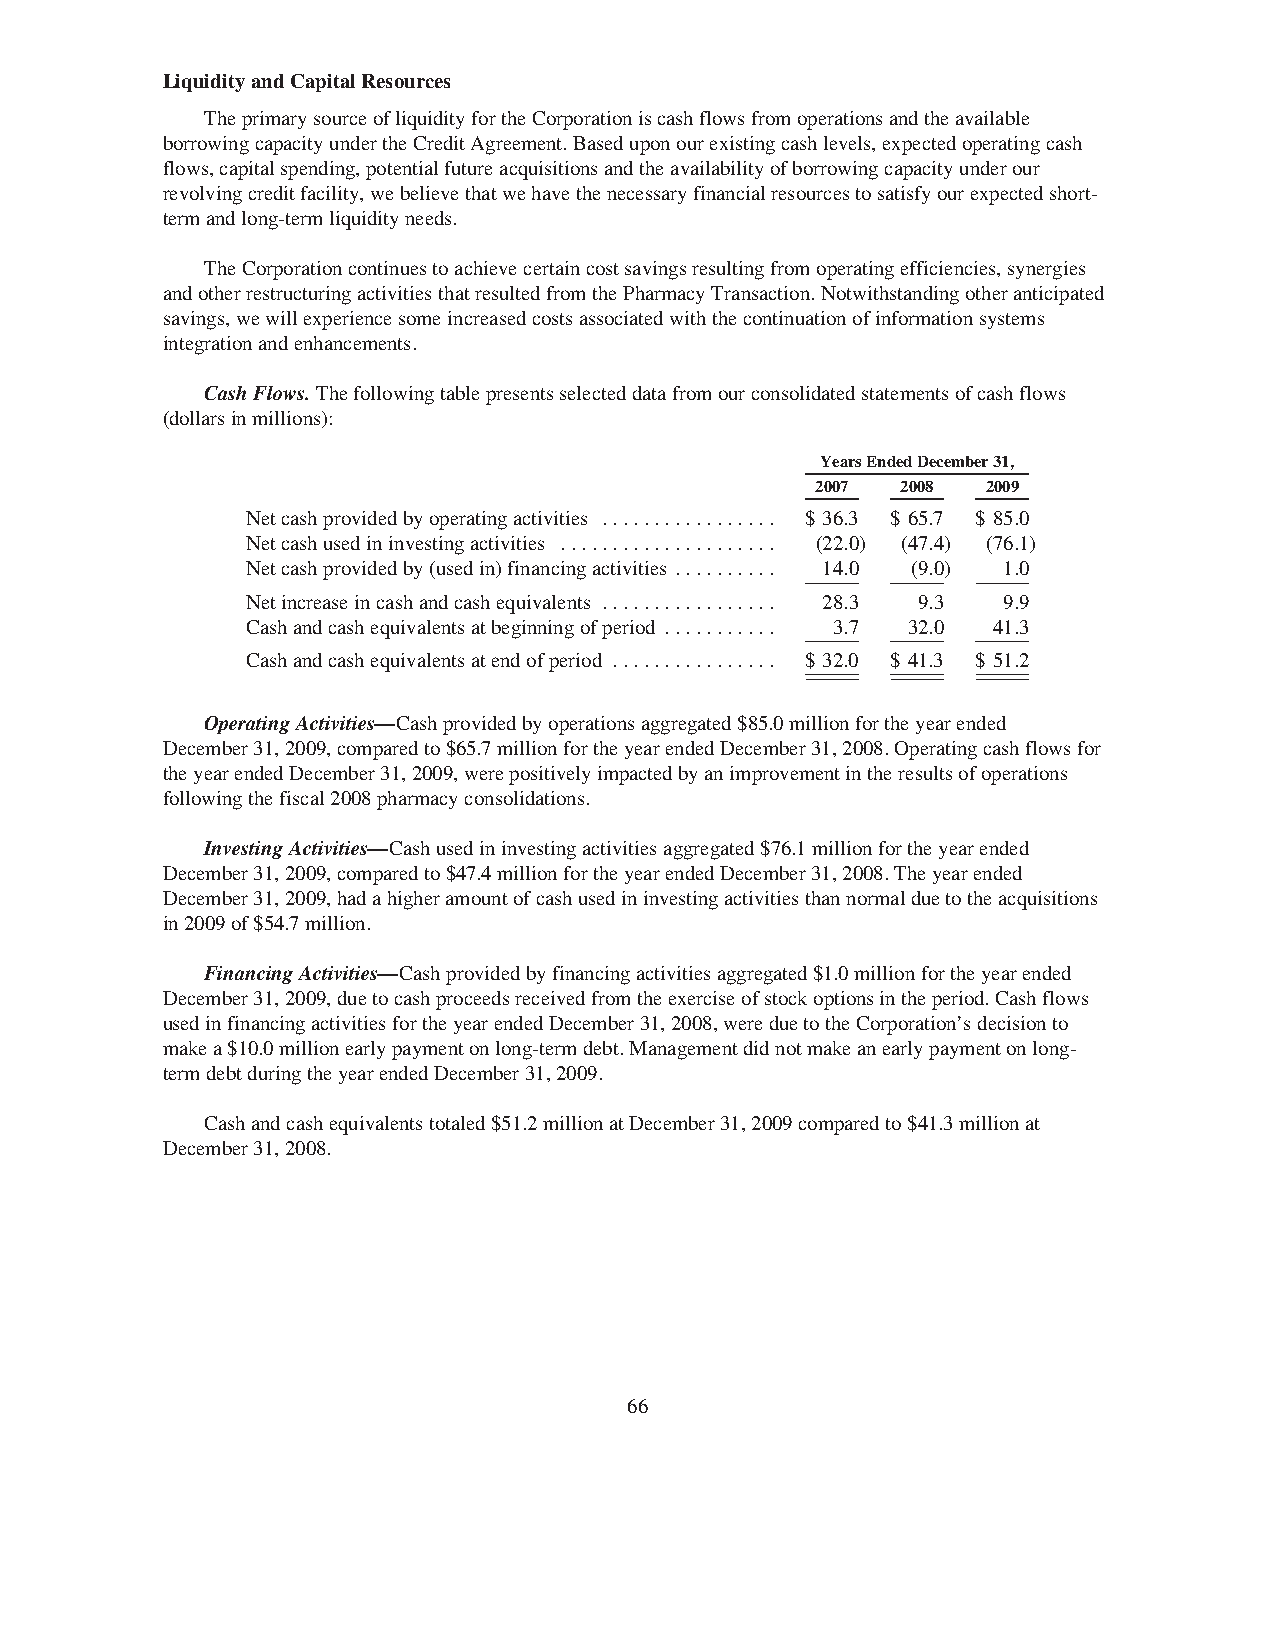
LiquidityandCapitalResources
 TheprimarysourceofliquidityfortheCorporationiscashflowsfromoperationsandtheavailable
 borrowingcapacityundertheCreditAgreement.Baseduponourexistingcashlevels,expectedoperatingcash
 flows,capitalspending,potentialfutureacquisitionsandtheavailabilityofborrowingcapacityunderour
 revolvingcreditfacility,webelievethatwehavethenecessaryfinancialresourcestosatisfyourexpectedshort-
 termandlong-termliquidityneeds.
 TheCorporationcontinuestoachievecertaincostsavingsresultingfromoperatingefficiencies,synergies
 andotherrestructuringactivitiesthatresultedfromthePharmacyTransaction.Notwithstandingotheranticipated
 savings,wewillexperiencesomeincreasedcostsassociatedwiththecontinuationofinformationsystems
 integrationandenhancements.
 CashFlows.Thefollowingtablepresentsselecteddatafromourconsolidatedstatementsofcashflows
 (dollarsinmillions):
 YearsEndedDecember31,
 2007  2008 2009
 Netcashprovidedbyoperatingactivities ................. $ 36.3 $ 65.7 $ 85.0
 Netcashusedininvestingactivities ..................... (22.0) (47.4) (76.1)
 Netcashprovidedby(usedin)financingactivities .......... 14.0 (9.0) 1.0
 Netincreaseincashandcashequivalents ................. 28.3 9.3 9.9
 Cashandcashequivalentsatbeginningofperiod ........... 3.7 32.0 41.3
 Cashandcashequivalentsatendofperiod ................ $ 32.0 $ 41.3 $ 51.2
 OperatingActivities—Cashprovidedbyoperationsaggregated$85.0millionfortheyearended
 December31,2009,comparedto$65.7millionfortheyearendedDecember31,2008.Operatingcashflowsfor
 theyearendedDecember31,2009,werepositivelyimpactedbyanimprovementintheresultsofoperations
 followingthefiscal2008pharmacyconsolidations.
 InvestingActivities—Cashusedininvestingactivitiesaggregated$76.1millionfortheyearended
 December31,2009,comparedto$47.4millionfortheyearendedDecember31,2008.Theyearended
 December31,2009,hadahigheramountofcashusedininvestingactivitiesthannormalduetotheacquisitions
 in2009of$54.7million.
 FinancingActivities—Cashprovidedbyfinancingactivitiesaggregated$1.0millionfortheyearended
 December31,2009,duetocashproceedsreceivedfromtheexerciseofstockoptionsintheperiod.Cashflows
 usedinfinancingactivitiesfortheyearendedDecember31,2008,wereduetotheCorporation’sdecisionto
 makea$10.0millionearlypaymentonlong-termdebt.Managementdidnotmakeanearlypaymentonlong-
 termdebtduringtheyearendedDecember31,2009.
 Cashandcashequivalentstotaled$51.2millionatDecember31,2009comparedto$41.3millionat
 December31,2008.
 66